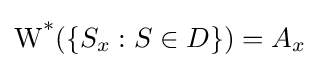
\operatorname {W^{*}} (\{S_{x}:S\in D\})=A_{x}